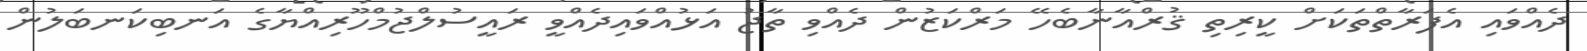
ދެއްވައި އެފަރާތްތަކަށް ކީރިތި ޤުރްއާނާބެހޭ މަރްކަޒުން ދެއްވި ތާޖު އަޅުއްވައިދެއްވީ ރައީސުލްޖުމްހޫރިއްޔާގެ އަނބިކަނބަލުން